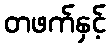
တဖက်နှင့်